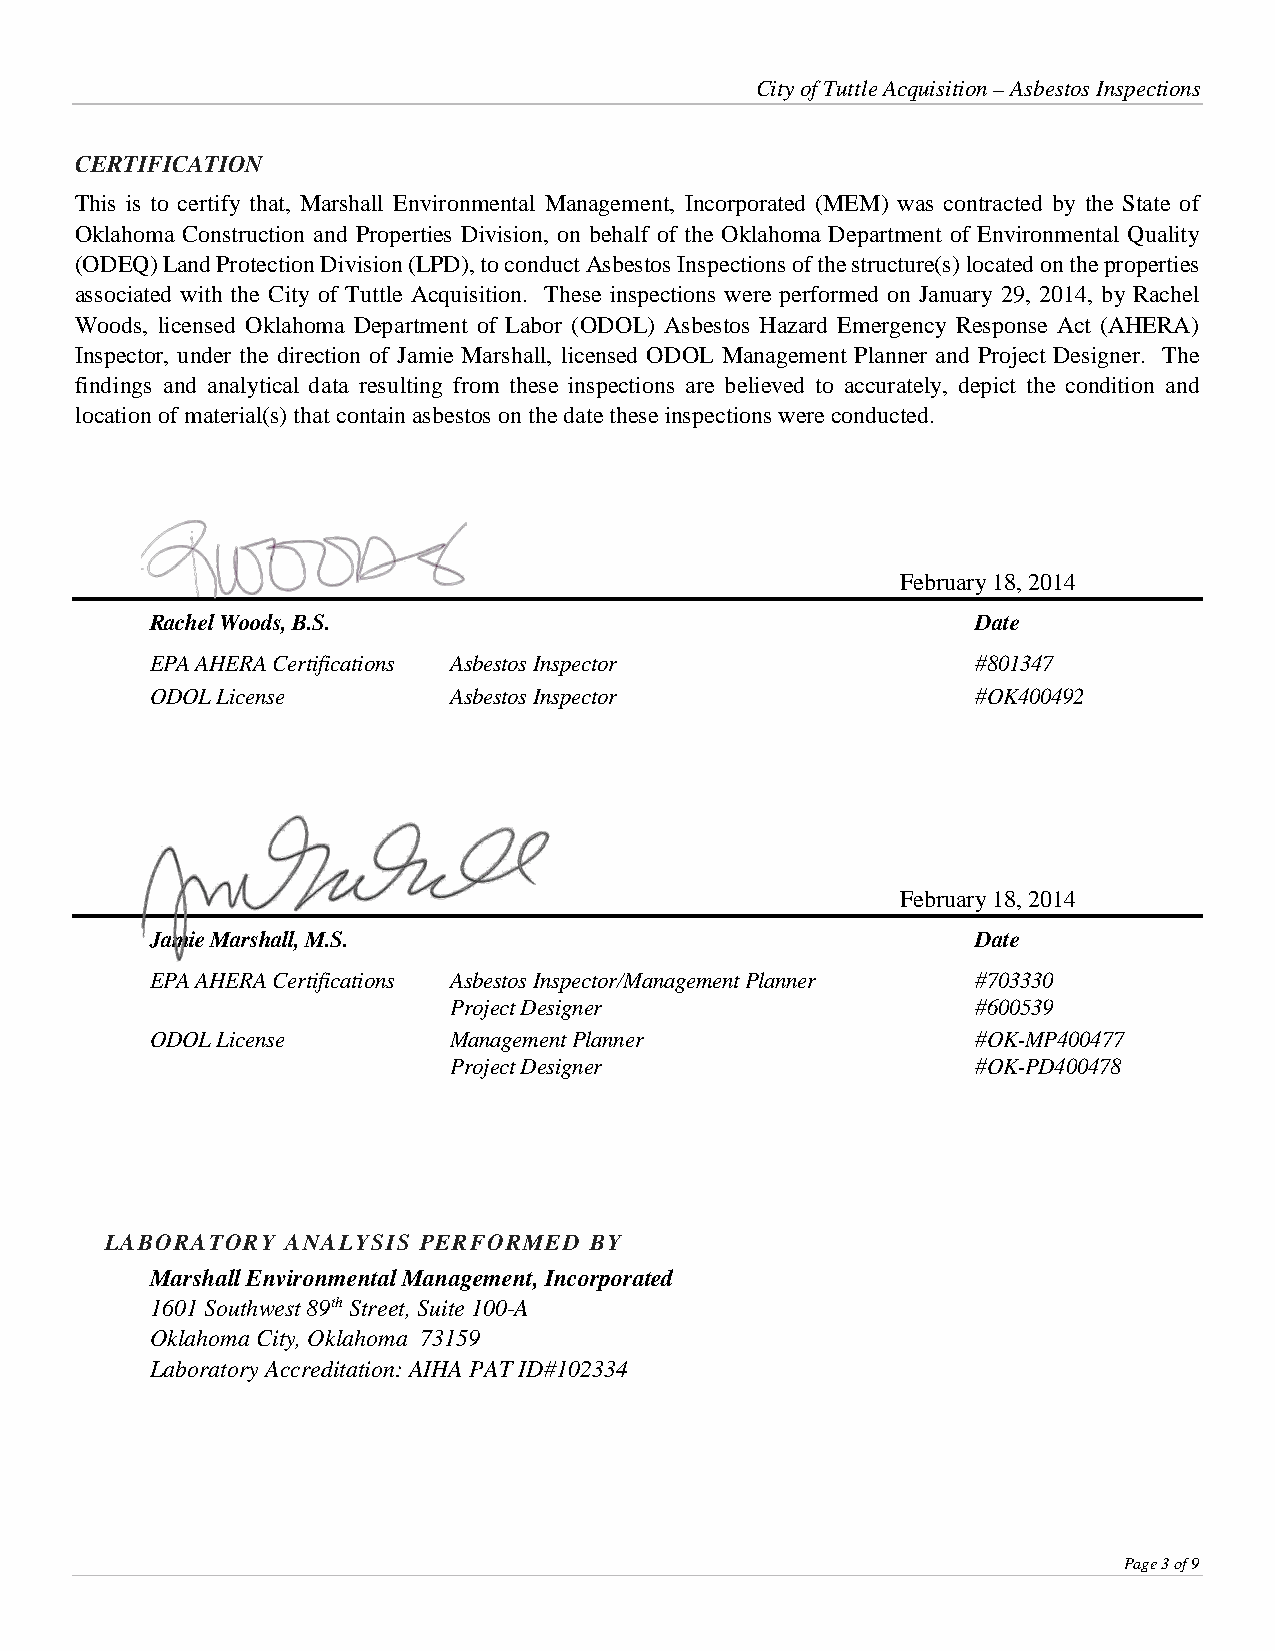
City of Tuttle Acquisition – Asbestos Inspections
 CERTIFICATION
 This is to certify that, Marshall Environmental Management, Incorporated (MEM) was contracted by the State of
 Oklahoma Construction and Properties Division, on behalf of the Oklahoma Department of Environmental Quality
 (ODEQ) Land Protection Division (LPD), to conduct Asbestos Inspections of the structure(s) located on the properties
 associated with the City of Tuttle Acquisition. These inspections were performed on January 29, 2014, by Rachel
 Woods, licensed Oklahoma Department of Labor (ODOL) Asbestos Hazard Emergency Response Act (AHERA)
 Inspector, under the direction of Jamie Marshall, licensed ODOL Management Planner and Project Designer. The
 findings and analytical data resulting from these inspections are believed to accurately, depict the condition and
 location of material(s) that contain asbestos on the date these inspections were conducted.
 February 18, 2014
 Rachel Woods, B.S.                                     Date
 EPA AHERA Certifications Asbestos Inspector            #801347
 ODOL License        Asbestos Inspector                 #OK400492
 February 18, 2014
 Jamie Marshall, M.S.                                   Date
 EPA AHERA Certifications Asbestos Inspector/Management Planner #703330
 Project Designer                   #600539
 ODOL License        Management Planner                 #OK-MP400477
 Project Designer                   #OK-PD400478
 LABORATORY  ANALYSIS PERFORMED  BY
 Marshall Environmental Management, Incorporated
 1601 Southwest 89th Street, Suite 100-A
 Oklahoma City, Oklahoma 73159
 Laboratory Accreditation: AIHA PAT ID#102334
 Page 3 of 9